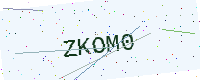
Text: ZKOM0